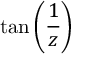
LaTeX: \tan \left( { \frac { 1 } { z } } \right)